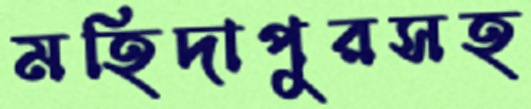
মহিদাপুরসহ